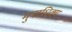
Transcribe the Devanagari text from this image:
मुत्राधिक्य